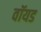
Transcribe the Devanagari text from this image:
वॉयड